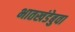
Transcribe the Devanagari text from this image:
भातखंडेबुवा